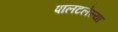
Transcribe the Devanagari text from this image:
पालटलेल्या